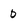
Character: D